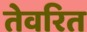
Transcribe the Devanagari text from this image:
तेवरित